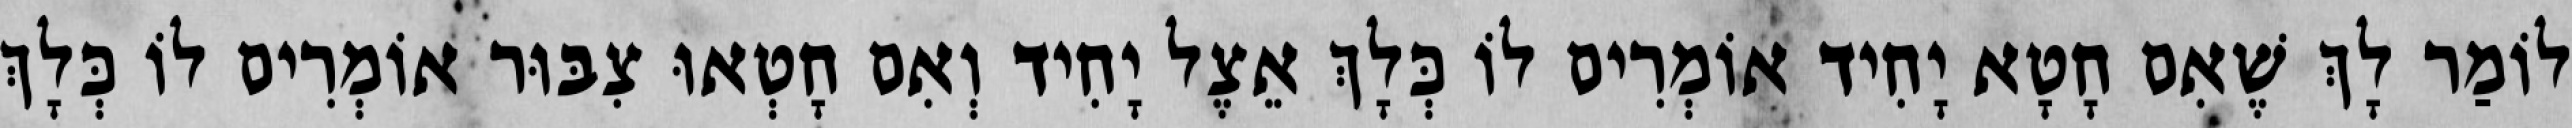
לוֹמַר לָךְ שֶׁאִם חָטָא יָחִיד אוֹמְרִים לוֹ כְּלָךְ אֵצֶל יָחִיד וְאִם חָטְאוּ צִבּוּר אוֹמְרִים לוֹ כְּלָךְ